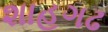
શાહગઢ